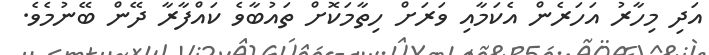
އަދި މިހާރު އަހަރެން އެކަމާއި ވަރަށް ހިތާމަކޮށް ތައުބާވެ ކައްފާރާ ދޭން ބޭނުމެވެ.